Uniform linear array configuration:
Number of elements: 4
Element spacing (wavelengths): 0.75
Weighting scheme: cosine
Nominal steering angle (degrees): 30
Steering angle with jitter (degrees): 29.311
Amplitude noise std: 0.05
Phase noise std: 0.05

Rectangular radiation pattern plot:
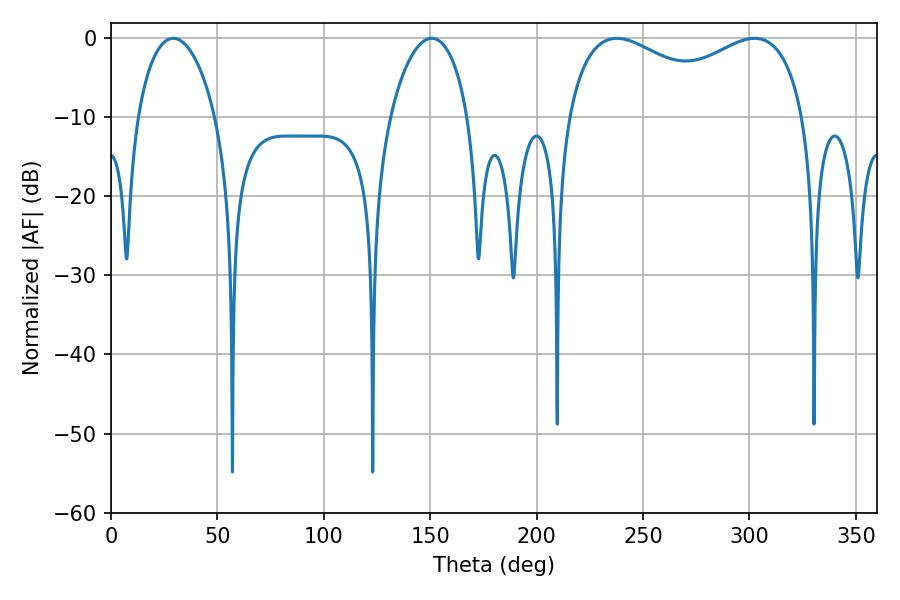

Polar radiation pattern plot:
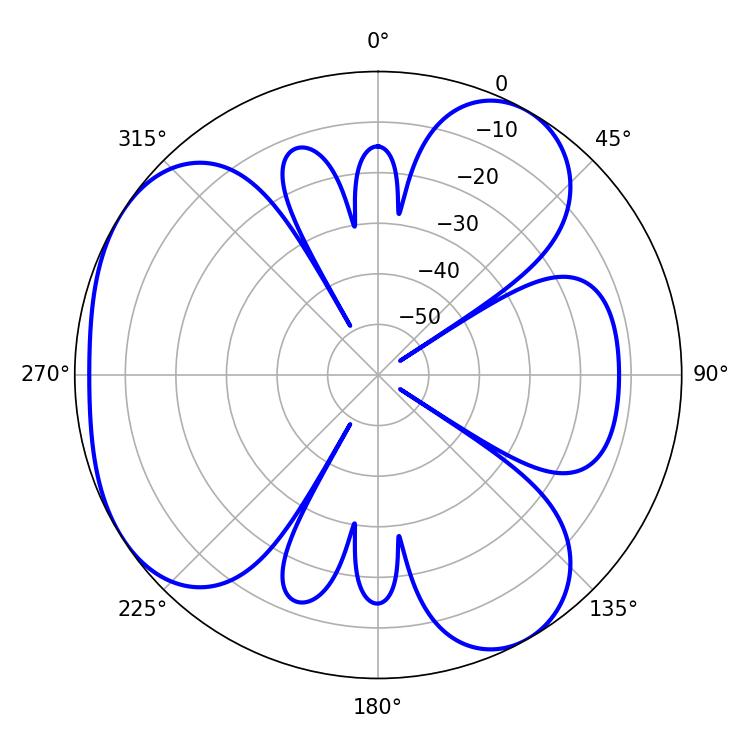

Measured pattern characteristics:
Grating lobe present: TRUE
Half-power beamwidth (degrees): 93.24
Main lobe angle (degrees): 237.6